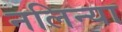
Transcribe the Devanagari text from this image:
नलिन्या